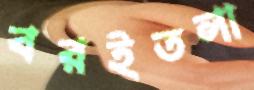
বরইতলা